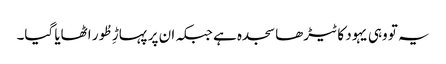
یہ تو وہی یہود کا ٹیڑھا سجدہ ہے جبکہ ان پر پہاڑِ طُور اٹھایا گیا۔